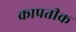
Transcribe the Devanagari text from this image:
काप्रतीक